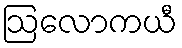
ဩလောကယီ